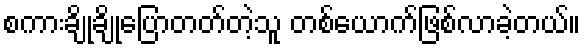
စကားချိုချိုပြောတတ်တဲ့သူ တစ်ယောက်ဖြစ်လာခဲ့တယ်။